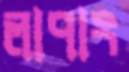
লাপাং